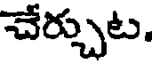
చేర్చుట,